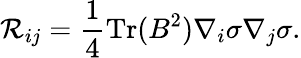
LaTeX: {\cal R}_{ij}=\frac{1}{4}\mathrm{Tr}(B^{2})\nabla_{i}\sigma\nabla_{j}\sigma.